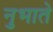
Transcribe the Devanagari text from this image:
नुभाते